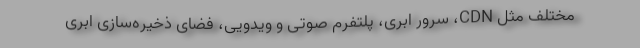
مختلف مثل CDN، سرور ابری، پلتفرم صوتی و ویدویی، فضای ذخیره‌سازی ابری